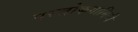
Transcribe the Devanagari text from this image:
परलोकगामिनी